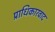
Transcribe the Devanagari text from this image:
प्राधिकारवाद